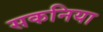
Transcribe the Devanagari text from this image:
सकनिया